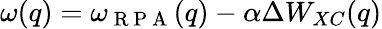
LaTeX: \omega(q)=\omega_{\mathrm{~R~P~A~}}(q)-\alpha\Delta W_{XC}(q)